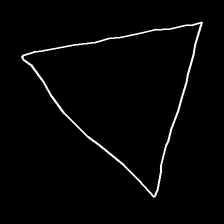
Glyph: convergence